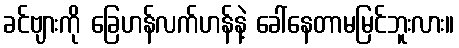
ခင်ဗျားကို ခြေဟန်လက်ဟန်နဲ့ ခေါ်နေတာမမြင်ဘူးလား။